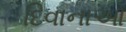
દિવાનાઓ